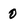
Character: 0